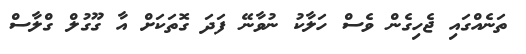
ތަނެއްގައި ޖެހިގެން ވެސް ހަލާކު ނުވާނޭ ފަަދަ ގޮތަކަށް އާ ގޫގުލް ގްލާސް